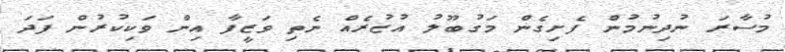
މުސާރަ ނުދިނުމުން ފެށިގެން މަގުބޫލު އުޒުރެއް ނެތި ވަޒީފާ އިން ވަކިކުރުން ފަދަ